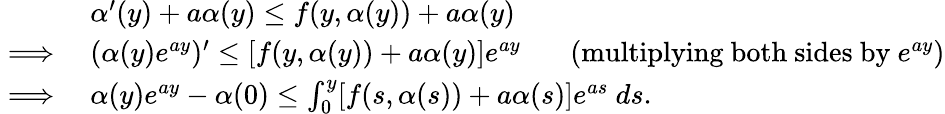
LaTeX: \begin{array}{rl}&{\alpha^{\prime}(y)+a\alpha(y)\leq f(y,\alpha(y))+a\alpha(y)~~~~~}\\ {\implies}&{(\alpha(y)e^{ay})^{\prime}\leq[f(y,\alpha(y))+a\alpha(y)]e^{ay}~~~~~~~(\mathrm{multiplying~both~sides~by}~e^{ay})}\\ {\implies}&{\alpha(y)e^{ay}-\alpha(0)\leq\int_{0}^{y}[f(s,\alpha(s))+a\alpha(s)]e^{as}~ds.}\end{array}